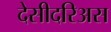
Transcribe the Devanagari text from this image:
देसीदरिअस